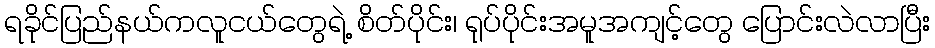
ရခိုင်ပြည်နယ်ကလူငယ်တွေရဲ့ စိတ်ပိုင်း၊ ရုပ်ပိုင်းအမူအကျင့်တွေ ပြောင်းလဲလာပြီး